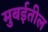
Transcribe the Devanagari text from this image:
मुबईतील